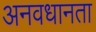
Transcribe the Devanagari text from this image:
अनवधानता